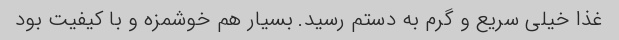
غذا خیلی سریع و گرم به دستم رسید. بسیار هم خوشمزه و با کیفیت بود